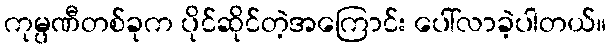
ကုမ္ပဏီတစ်ခုက ပိုင်ဆိုင်တဲ့အကြောင်း ပေါ်လာခဲ့ပါတယ်။